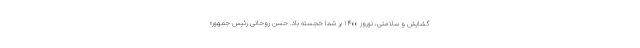
گشایش و سلامتی، نوروز ۱۴۰۰ بر شما خجسته باد. حسن روحانی رئیس جمهور»